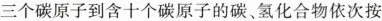
三个碳原子到含十个碳原子的碳、氢化合物依次按